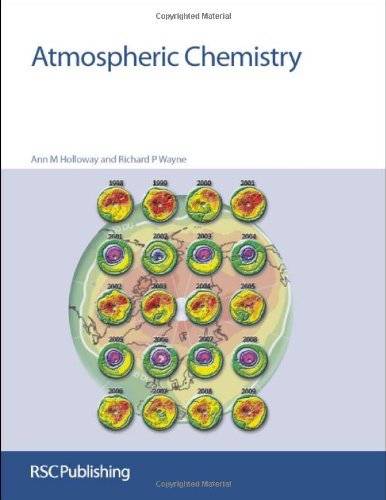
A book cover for Atmospheric Chemistry: RSC; Ann M Holloway; Science & Math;